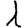
Digit: 1